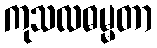
ကုသလဓမ္မတာ